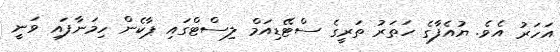
އަހަރު އެވެ. ޔުއެފާގެ ހަތަރު ތަރީގެ ސްޓޭޑިއަމް ލިސްޓްގައި ޕާކެން ހިމަނާފައި ވަނީ